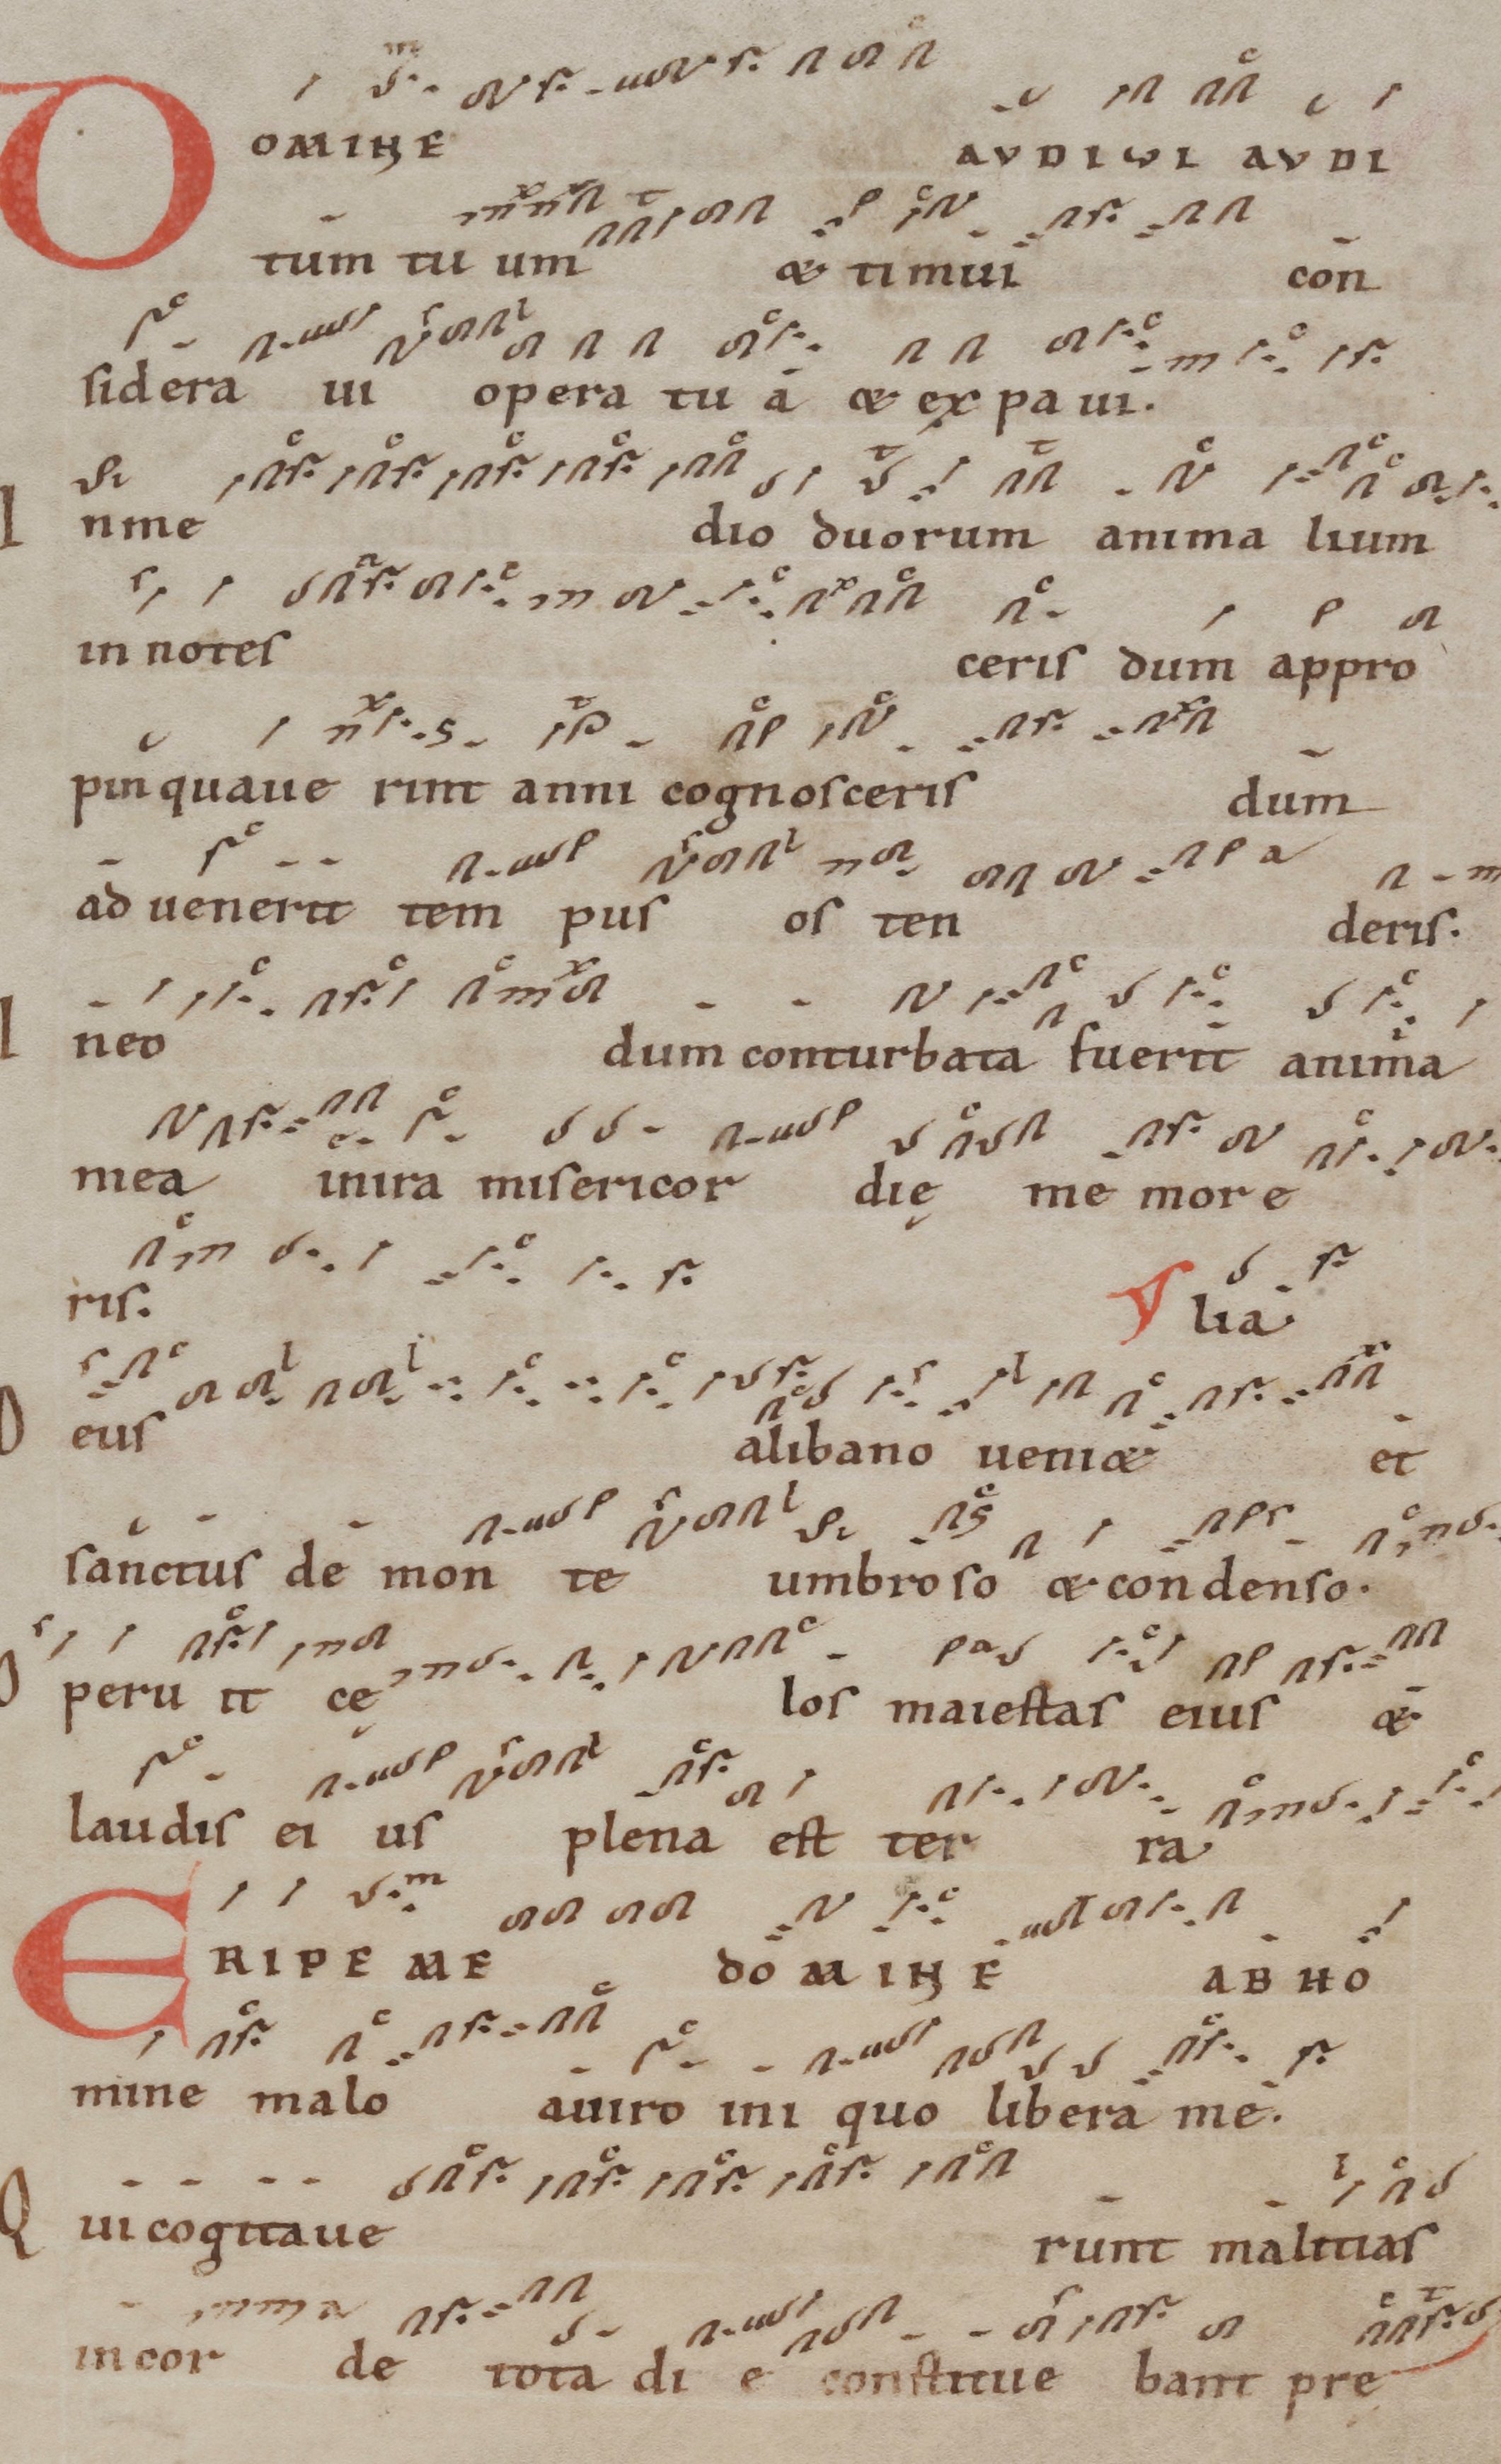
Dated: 1100–1199